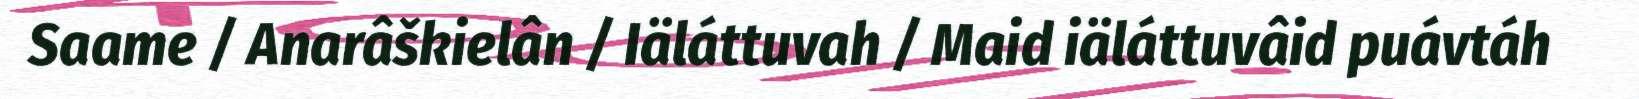
Saame / Anarâškielân / Iäláttuvah / Maid iäláttuvâid puávtáh